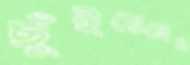
ছুঁইয়েছেন